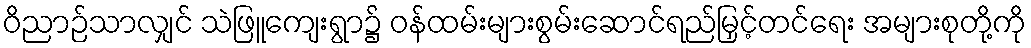
ဝိညာဉ်သာလျှင် သဲဖြူကျေးရွာ၌ ဝန်ထမ်းများစွမ်းဆောင်ရည်မြှင့်တင်ရေး အများစုတို့ကို